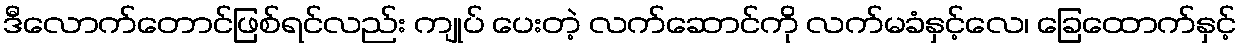
ဒီလောက်တောင်ဖြစ်ရင်လည်း ကျုပ် ပေးတဲ့ လက်ဆောင်ကို လက်မခံနှင့်လေ၊ ခြေထောက်နှင့်